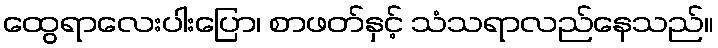
ထွေရာလေးပါးပြော၊ စာဖတ်နှင့် သံသရာလည်နေသည်။